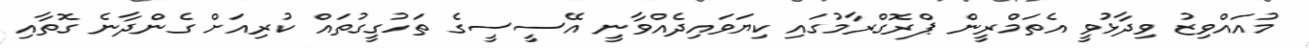
މުއައްވިޒު ވިދާޅުވީ އެތަމްރީން ޕްރޮގްރާމުގައި ކިޔަވައިދެއްވާނީ އޭސީސީގެ ތަހުގީގުތައް ކުރިއަށް ގެންދާނެ ގޮތާއި